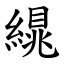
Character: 繉